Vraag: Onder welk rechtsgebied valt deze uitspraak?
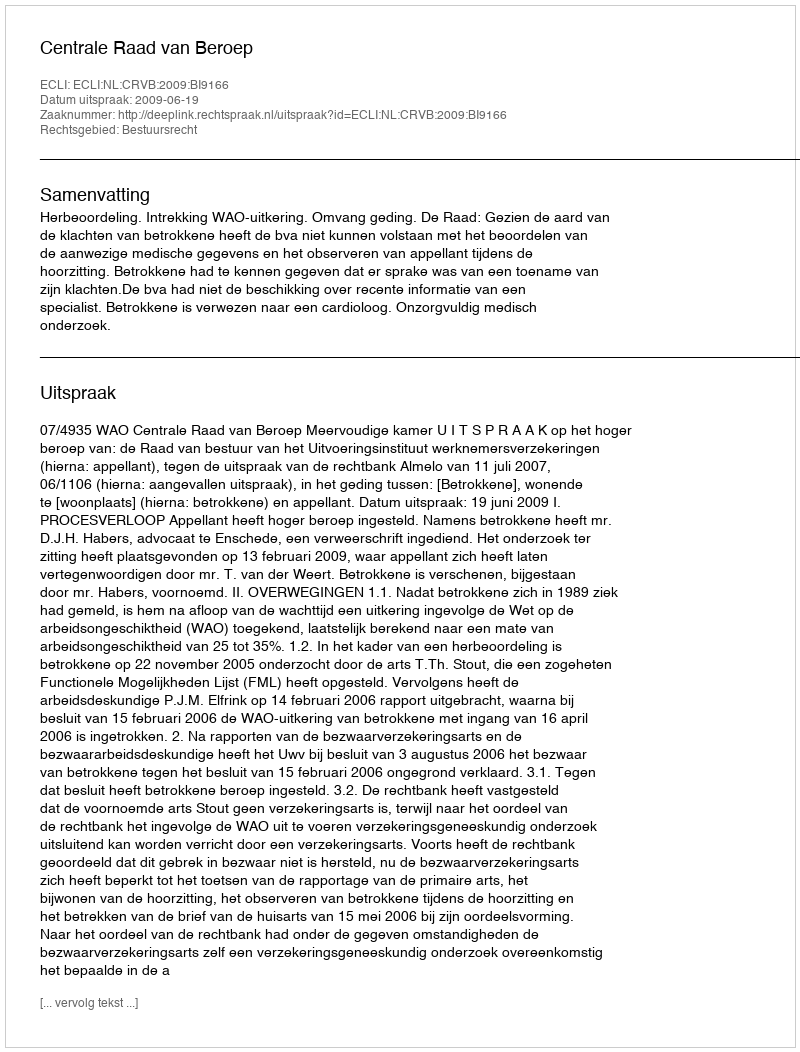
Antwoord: Bestuursrecht